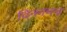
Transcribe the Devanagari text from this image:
विनयचन्द्र